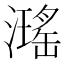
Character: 𤁓